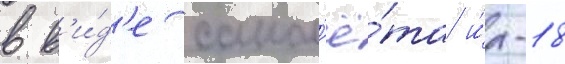
в в'и́д'е самол'ё́та и́л-18